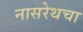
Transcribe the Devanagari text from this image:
नासरेथचा